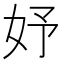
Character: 妤